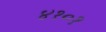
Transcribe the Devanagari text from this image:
४१०१